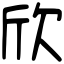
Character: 欣